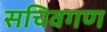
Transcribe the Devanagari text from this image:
सचिवगण